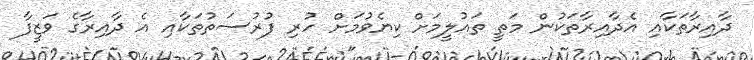
ދާއިރާތަކާއި އެދާއިރާތަކުން މަތީ ތައުލީމަށް ކިޔެވުމަށް ހުރި ފުރުސަތުތަކާއި އެ ދާއިރާގެ ވަޒީފާ